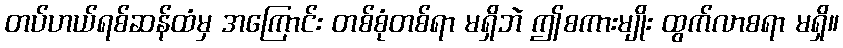
တပ်ဟယ်ရစ်ဆန်ထံမှ အကြောင်း တစ်စုံတစ်ရာ မရှိဘဲ ဤစကားမျိုး ထွက်လာစရာ မရှိ။